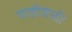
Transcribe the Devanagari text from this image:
याहीवेळी